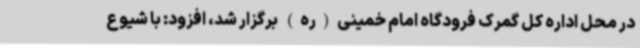
در محل اداره کل گمرک فرودگاه امام خمینی(ره) برگزار شد، افزود: با شیوع